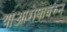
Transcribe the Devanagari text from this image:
याआरोपावरुन